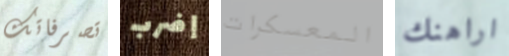
تصرفاتك إضرب المعسكرات اراهنك